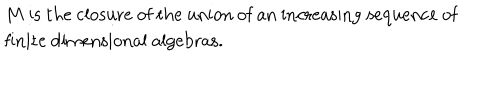
\begin{matrix} { { } } & { { M \ \mathrm { i s ~ t h e ~ c l o s u r e ~ o f ~ t h e ~ u n i o n ~ o f ~ a n ~ i n c r e a s i n g ~ s e q u e n c e ~ o f } } } \\ { { } } & { { \mathrm { f i n i t e ~ d i m e n s i o n a l ~ a l g e b r a s . } \hfill } } \\ \end{matrix}